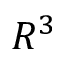
R ^ { 3 }